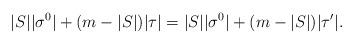
LaTeX: \begin{align*}|S| |\sigma^0| + (m-|S|)|\tau| =|S| |\sigma^0| + (m-|S|)|\tau'| .\end{align*}